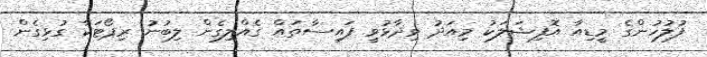
ފުލުހުންގެ މީޑިއާ އޮފިޝަލަކު މިއަދު ވިދާޅުވީ ފައިސާތައް ގެއްލިގެން ލިބުނު ރިޕޯޓަކާ ގުޅިގެން